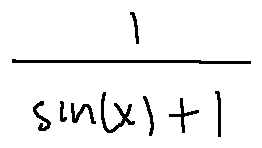
\frac { 1 } { \sin ( x ) + 1 }